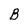
Character: B